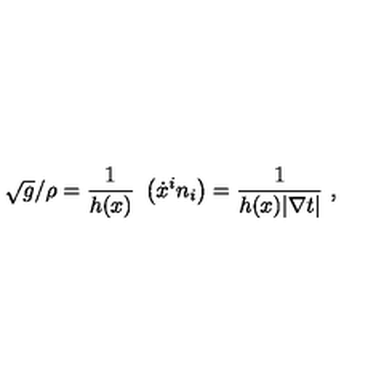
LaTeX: \sqrt { g } / \rho = \frac { 1 } { h ( x ) } \ \left( \dot { x } ^ { i } n _ { i } \right) = \frac { 1 } { h ( x ) | \nabla t | } \ ,